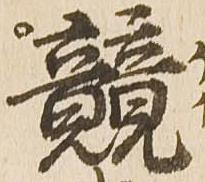
競